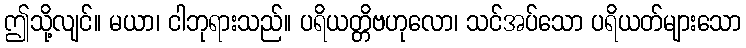
ဤသို့လျင်။ မယာ၊ ငါဘုရားသည်။ ပရိယတ္တိဗဟုလော၊ သင်အပ်သော ပရိယတ်များသော